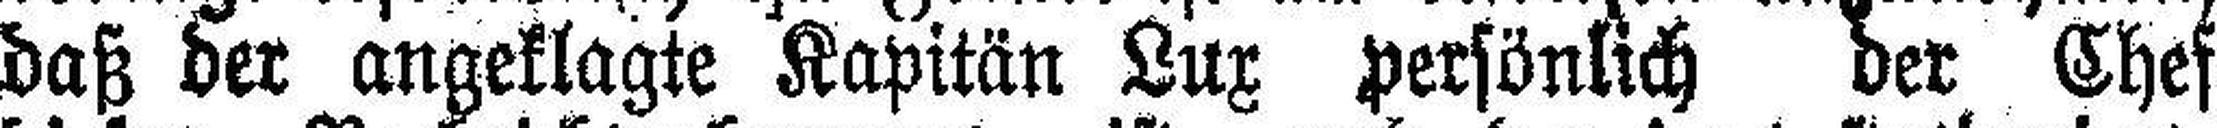
daß der angeklagte Kapitän Lux persönlich der Chef